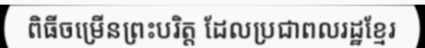
ពិធីចម្រើនព្រះបរិត្ត ដែលប្រជាពលរដ្ឋខ្មែរ